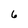
Character: 6